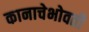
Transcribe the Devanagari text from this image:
कानाचेभोवती